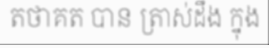
តថាគត បាន ត្រាស់ដឹង ក្នុង